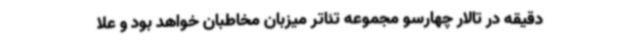
دقیقه در تالار چهارسو مجموعه تئاتر میزبان مخاطبان خواهد بود و علا